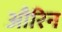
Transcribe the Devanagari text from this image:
औरिन